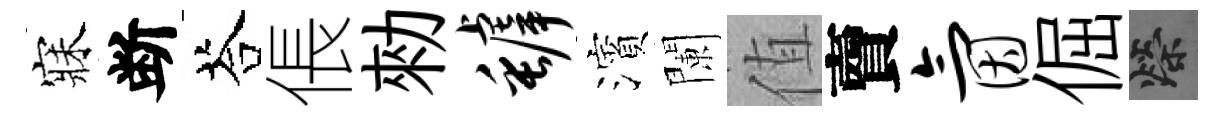
寐断荅倀勑罅濱闌值𧶠氤倔榮